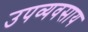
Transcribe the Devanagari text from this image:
उपव्यवसाय